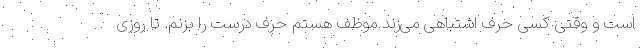
است و وقتی کسی حرف اشتباهی می‌زند موظف هستم حرف درست را بزنم. تا روزی